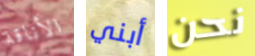
الأناقة أبني نحن